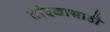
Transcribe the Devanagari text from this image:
तांदळासाठी